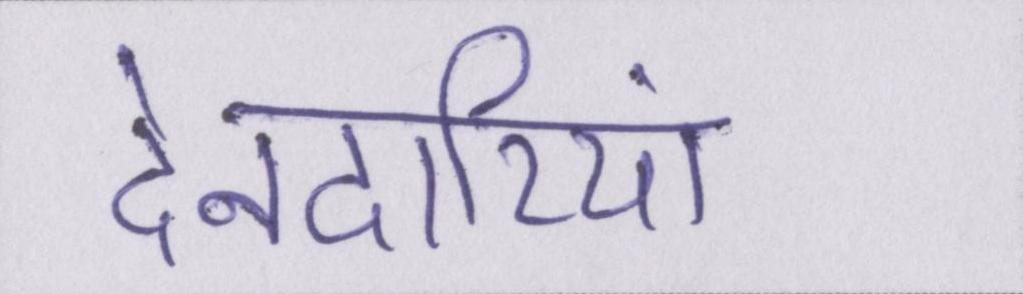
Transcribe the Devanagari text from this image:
देनदारियां